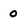
Character: o